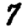
Digit: 7